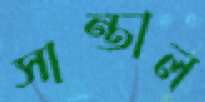
সান্তাল